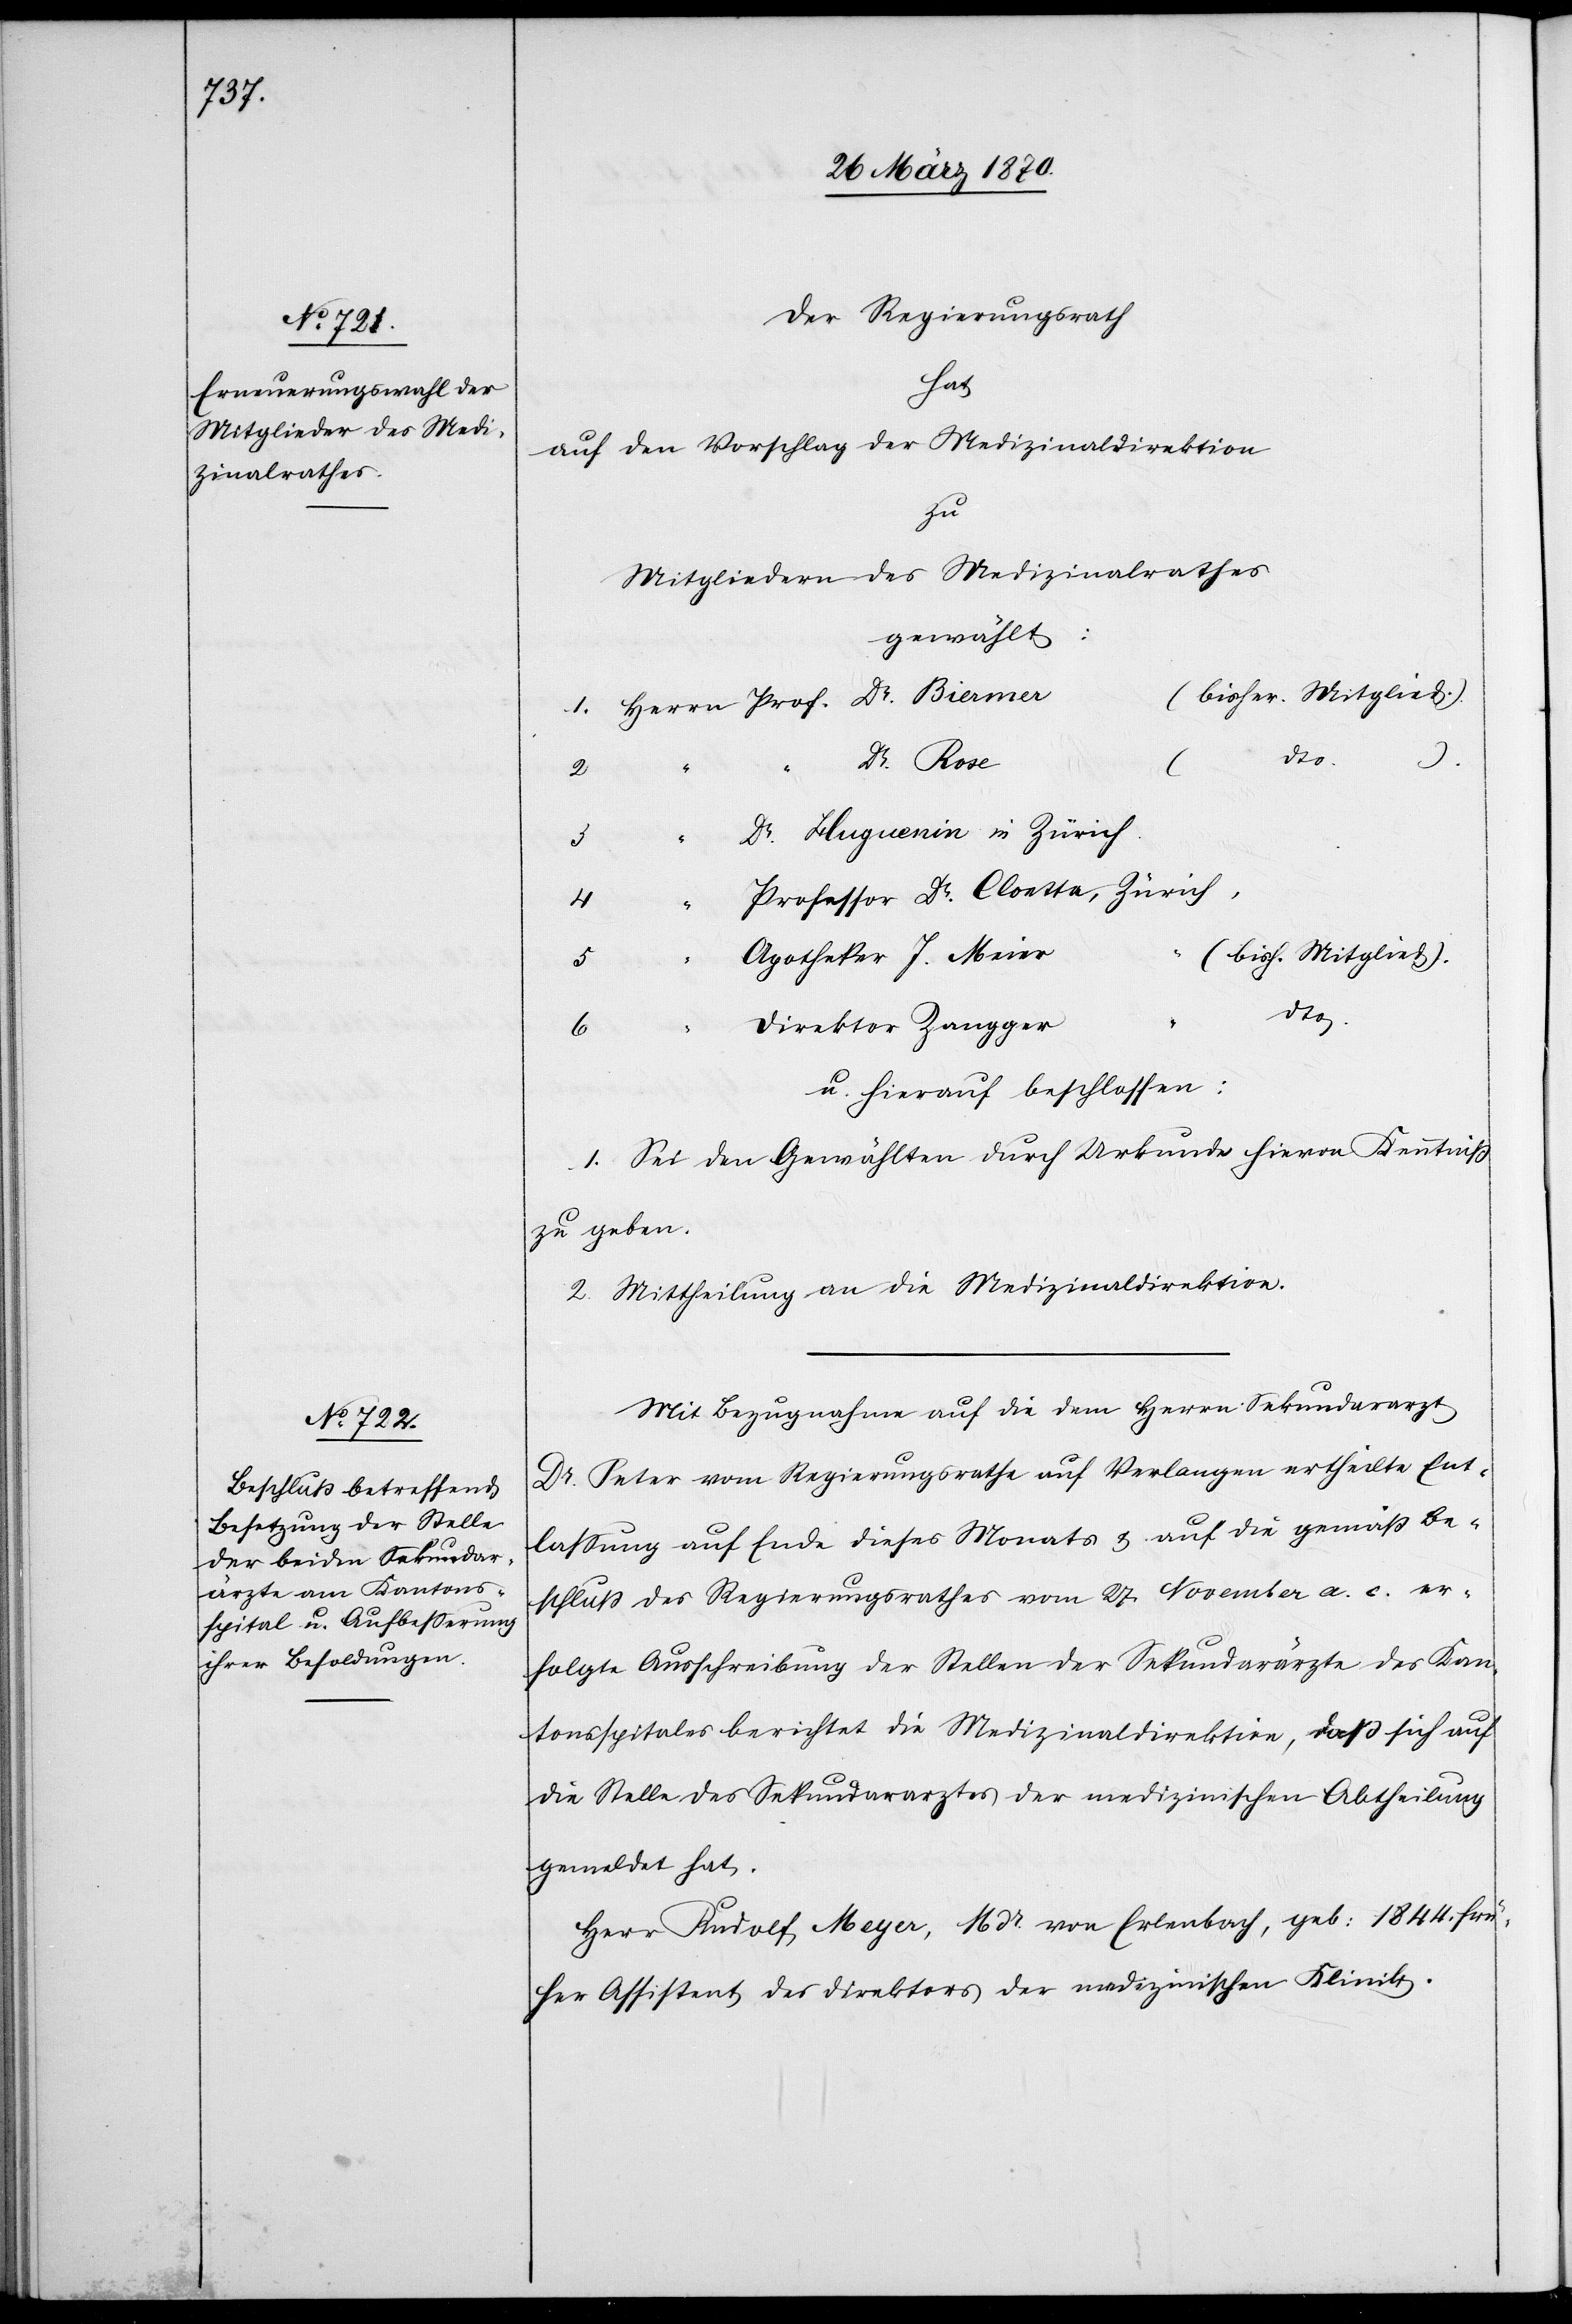
Der Regierungsrath
hat
auf den Vorschlag der Medizinaldirektion
zu
Mitgliedern des Medizinalrathes
gewählt:
(bisher. Mitglied.)
Bier¬
3.
Dr. Huguenin in Zürich.
5.
“
Apotheker J. Meier
(bish. Mitglied).
Direktor Zangger
6.
er¬
u. hierauf beschlossen:
1. Sei den Gewählten durch Urkunde hievon Kenntniß
zu geben.
2. Mittheilung an die Medizinaldirektion.
Mit Bezugnahme auf die dem Herrn Sekundararzt
Dr. Peter vom Regierungsrathe auf Verlangen ertheilte Ent¬
lassung auf Ende dieses Monats & auf die gemäß Be¬
schluß des Regierungsrathes vom 27. November a. c.
folgte Ausschreibung der Stellen der Sekundarärzte des Kan¬
tonsspitals berichtet die Medizinaldirektion, daß sich auf
die Stelle des Sekundararztes der medizinischen Abtheilung
gemeldet hat,
Herr Rudolf Meyer, MDr. von Erlenbach, geb: 1844, frü¬
her Assistent des Direktors der medizinischen Klinik.